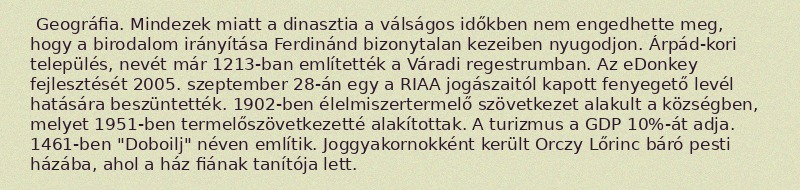
Geográfia. Mindezek miatt a dinasztia a válságos időkben nem engedhette meg, hogy a birodalom irányítása Ferdinánd bizonytalan kezeiben nyugodjon. Árpád-kori település, nevét már 1213-ban említették a Váradi regestrumban. Az eDonkey fejlesztését 2005. szeptember 28-án egy a RIAA jogászaitól kapott fenyegető levél hatására beszüntették. 1902-ben élelmiszertermelő szövetkezet alakult a községben, melyet 1951-ben termelőszövetkezetté alakítottak. A turizmus a GDP 10%-át adja. 1461-ben "Doboilj" néven említik. Joggyakornokként került Orczy Lőrinc báró pesti házába, ahol a ház fiának tanítója lett.